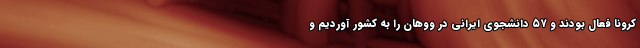
کرونا فعال بودند و ۵۷ دانشجوی ایرانی در ووهان را به کشور آوردیم و